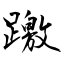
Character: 躈